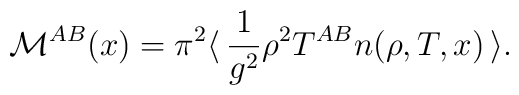
{\cal M}^{AB}(x) = \pi^2 \langle \,\frac{1}{g^2} \rho^2  T^{AB}  n(\rho, T,x)\,\rangle.